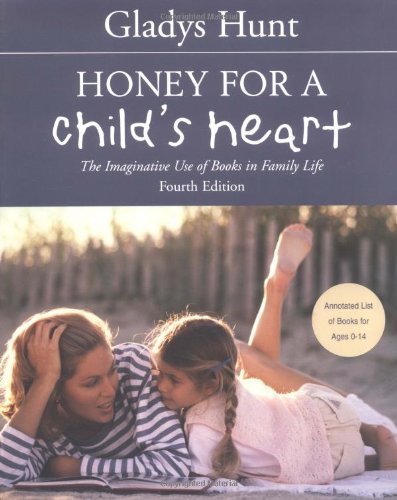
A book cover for Honey for a Child's Heart; Gladys Hunt; Literature & Fiction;